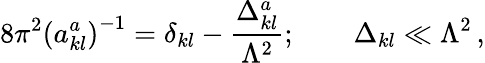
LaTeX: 8\pi^{2}\left(a_{kl}^{a}\right)^{-1}=\delta_{kl}-\frac{\Delta_{kl}^{a}}{\Lambda^{2}};\qquad\Delta_{kl}\ll\Lambda^{2}\, ,